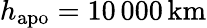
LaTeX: h_{\mathrm{apo}}=10\, 000\, \mathrm{km}